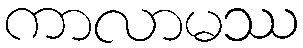
ကာလာမဿ